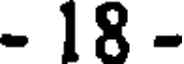
- 18 -